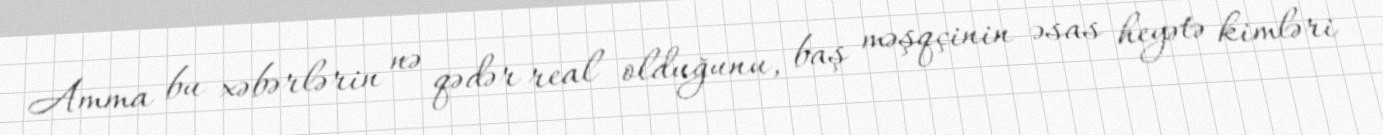
Amma bu xəbərlərin nə qədər real olduğunu, baş məşqçinin əsas heyətə kimləri